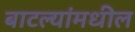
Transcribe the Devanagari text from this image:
बाटल्यांमधील